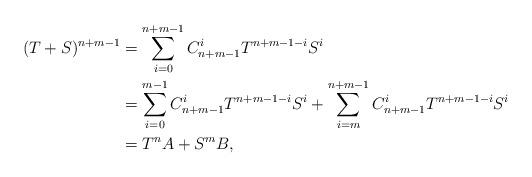
LaTeX: \begin{align*}(T+S)^{n+m-1}&=\sum_{i=0}^{n+m-1}C_{n+m-1}^{i}T^{n+m-1-i}S^{i}\\&=\sum_{i=0}^{m-1}C_{n+m-1}^{i}T^{n+m-1-i}S^{i}+\sum_{i=m}^{n+m-1}C_{n+m-1}^{i}T^{n+m-1-i}S^{i}\\&=T^{n}A+S^{m}B,\end{align*}